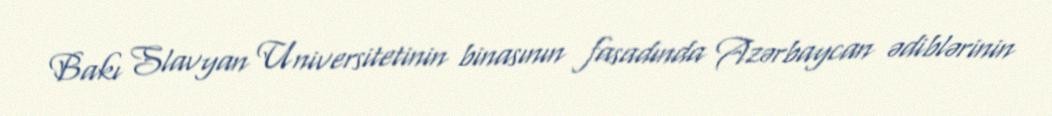
Bakı Slavyan Universitetinin binasının fasadında Azərbaycan ədiblərinin